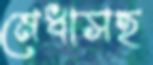
মেধাসহ